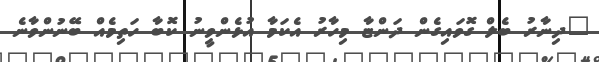
"ދިނާރު ބެލް ގޮވައިގެން ދަންޏާ މިހާރު އެކަމާ އުޅެންވީނު ކޮބާ ހަތިމެއް ބޭނުންވާނެ